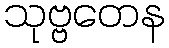
သုဗ္ဗတေန